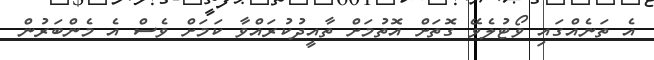
އެ ތަނެއްގައި ވޯޓުލެވޭ ގޮތަށް އޮތުމަށް ތާއީދުކުރައްވާ ކަމަށް ވެސް އެ މެންބަރުން